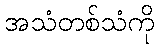
အသံတစ်သံကို